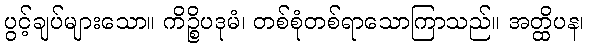
ပွင့်ချပ်များသော။ ကိဉ္စိပဒုမံ၊ တစ်စုံတစ်ရာသောကြာသည်။ အတ္ထိပန၊